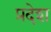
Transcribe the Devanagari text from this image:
प्रदेश्‍ा